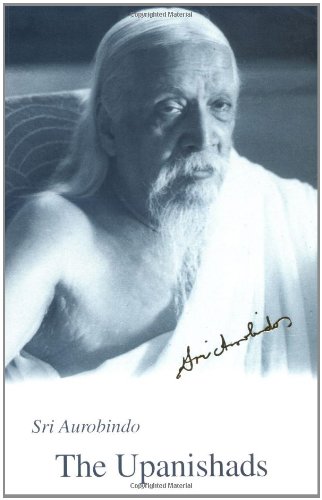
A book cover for The Upanishads, 1st US Edition; Sri Aurobindo; Religion & Spirituality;